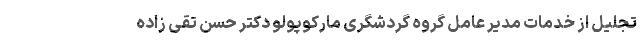
تجلیل از خدمات مدیر عامل گروه گردشگری مارکوپولو دکتر حسن تقی زاده